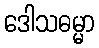
ဒေါသဓမ္မာ